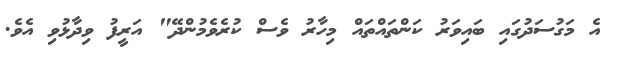
އެ މަގުސަދުގައި ބައިވަރު ކަންތައްތައް މިހާރު ވެސް ކުރެވެމުންދޭ" އަރީފު ވިދާޅުވި އެވެ.